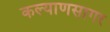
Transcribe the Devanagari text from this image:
कल्याणसागर